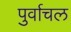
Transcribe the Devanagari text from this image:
पुर्वाचल